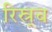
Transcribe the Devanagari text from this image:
रिस्र्च